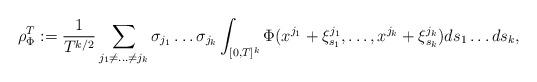
LaTeX: \begin{align*}\rho_{\Phi}^T:=\frac{1}{T^{k/2}}\sum_{j_1 \neq \ldots \neq j_k}\sigma_{j_1}\ldots \sigma_{j_k}\int_{[0,T]^k}\Phi(x^{j_1}+\xi^{j_1}_{s_1},\ldots,x^{j_k}+\xi^{j_k}_{s_k})ds_1 \ldots ds_k,\end{align*}